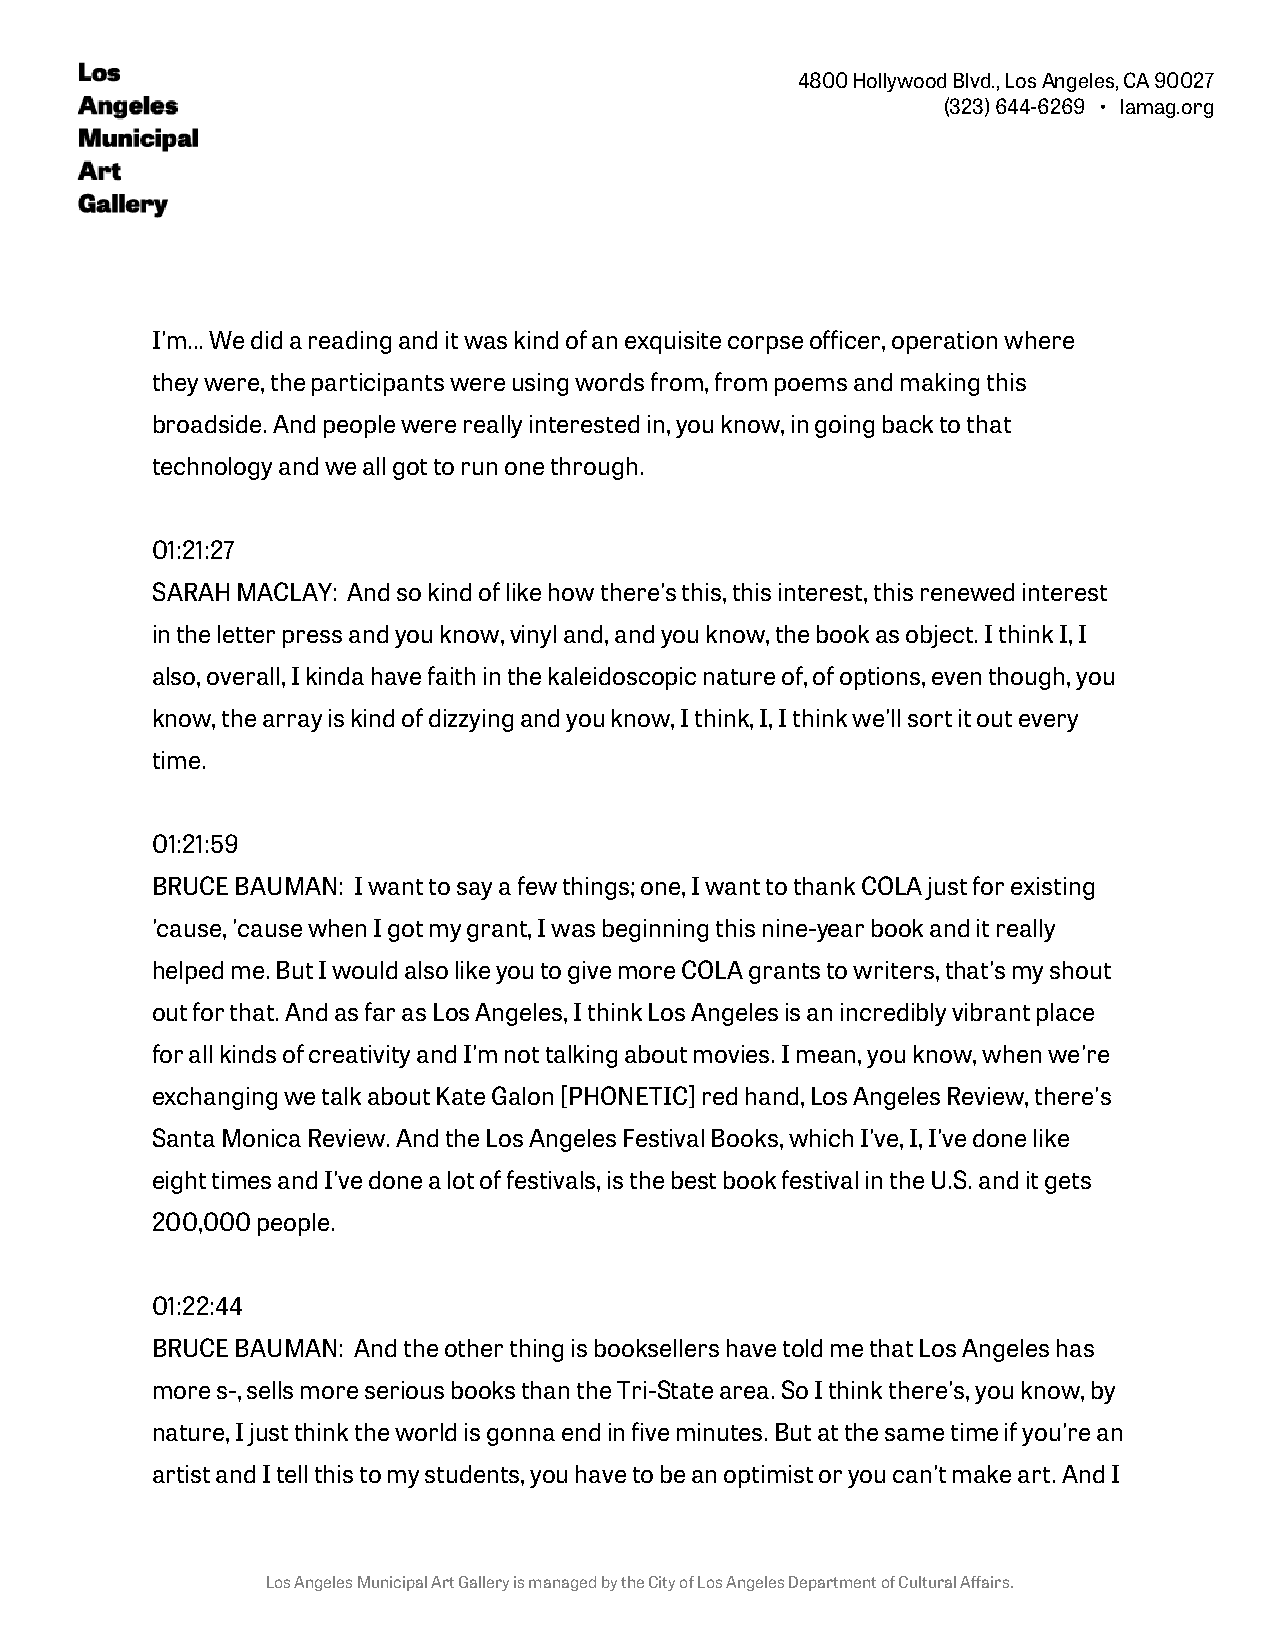
4800 Hollywood Blvd., Los Angeles, CA 90027
 (323) 644-6269 • lamag.org
 I'm... We did a reading and it was kind of an exquisite corpse officer, operation where
 they were, the participants were using words from, from poems and making this
 broadside. And people were really interested in, you know, in going back to that
 technology and we all got to run one through.
 01:21:27
 SARAH MACLAY: And so kind of like how there's this, this interest, this renewed interest
 in the letter press and you know, vinyl and, and you know, the book as object. I think I, I
 also, overall, I kinda have faith in the kaleidoscopic nature of, of options, even though, you
 know, the array is kind of dizzying and you know, I think, I, I think we'll sort it out every
 time.
 01:21:59
 BRUCE BAUMAN: I want to say a few things; one, I want to thank COLA just for existing
 'cause, 'cause when I got my grant, I was beginning this nine-year book and it really
 helped me. But I would also like you to give more COLA grants to writers, that's my shout
 out for that. And as far as Los Angeles, I think Los Angeles is an incredibly vibrant place
 for all kinds of creativity and I'm not talking about movies. I mean, you know, when we're
 exchanging we talk about Kate Galon [PHONETIC] red hand, Los Angeles Review, there's
 Santa Monica Review. And the Los Angeles Festival Books, which I've, I, I've done like
 eight times and I've done a lot of festivals, is the best book festival in the U.S. and it gets
 200,000 people.
 01:22:44
 BRUCE BAUMAN: And the other thing is booksellers have told me that Los Angeles has
 more s-, sells more serious books than the Tri-State area. So I think there's, you know, by
 nature, I just think the world is gonna end in five minutes. But at the same time if you're an
 artist and I tell this to my students, you have to be an optimist or you can't make art. And I
 Los Angeles Municipal Art Gallery is managed by the City of Los Angeles Department of Cultural Affairs.